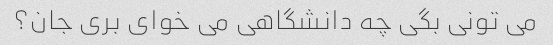
می تونی بگی چه دانشگاهی می خوای بری جان؟